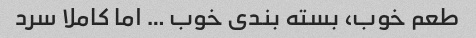
طعم خوب، بسته بندی خوب … اما کاملا سرد